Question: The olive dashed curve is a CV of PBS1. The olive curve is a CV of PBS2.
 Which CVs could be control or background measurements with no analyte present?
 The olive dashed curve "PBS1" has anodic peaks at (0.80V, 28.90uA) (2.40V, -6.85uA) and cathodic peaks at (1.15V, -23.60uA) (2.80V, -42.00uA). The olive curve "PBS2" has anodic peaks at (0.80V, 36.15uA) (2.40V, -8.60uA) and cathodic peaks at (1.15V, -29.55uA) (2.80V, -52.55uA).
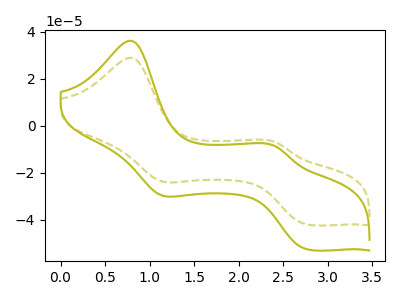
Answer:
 <answer>There are not any CV's on this graph that are likely to be blanks.</answer>
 <eval>none</eval>